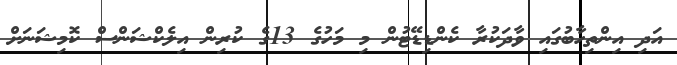
އަދި އިންތިހާބުގައި ވާދަކުރާ ކެންޑިޑޭޓުން މި މަހުގެ 13ގެ ކުރިން އިލެކްޝަންސް ކޮމިޝަނަށް